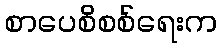
စာပေစိစစ်ရေးက